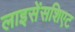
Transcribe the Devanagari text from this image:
लाइसेंसशिएट